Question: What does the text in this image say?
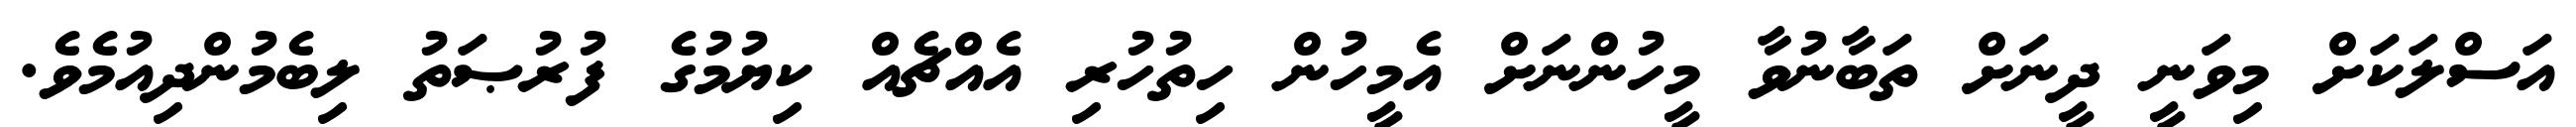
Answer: އަސްލަކަށް މިވަނީ ދީނަށް ތަބާނުވާ މީހުންނަށް އެމީހުން ހިތުހުރި އެއްޗެއް ކިޔުމުގެ ފުރުޞަތު ލިބެމުންދިއުމެވެ.